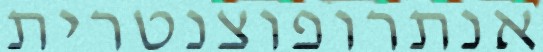
אנתרופוצנטרית